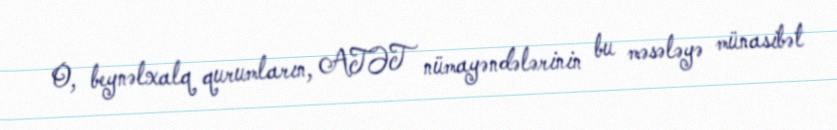
O, beynəlxalq qurumların, ATƏT nümayəndələrinin bu məsələyə münasibət